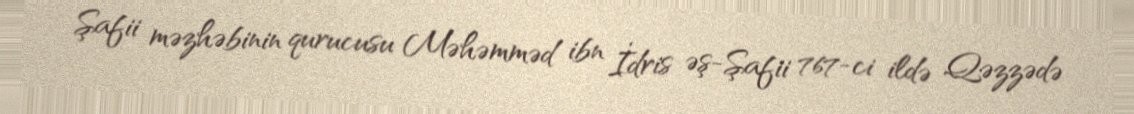
Şafii məzhəbinin qurucusu Məhəmməd ibn İdris əş-Şafii 767-ci ildə Qəzzədə